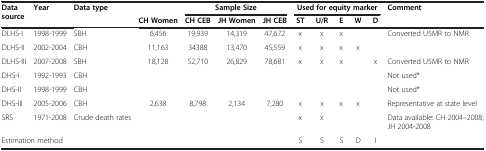
<table><thead><tr><td rowspan="2"><b>Data source</b></td><td><b>Year</b></td><td><b>Data type</b></td><td><b> </b></td><td colspan="3"><b>Sample Size</b></td><td colspan="5"><b>Used for equity marker</b></td><td><b>Comment</b></td></tr><tr><td><b> </b></td><td><b> </b></td><td><b>CH Women</b></td><td><b>CH CEB</b></td><td><b>JH Women</b></td><td><b>JH CEB</b></td><td><b>ST</b></td><td><b>U/R</b></td><td><b>E</b></td><td><b>W</b></td><td><b>D</b></td><td><b> </b></td></tr></thead><tbody><tr><td>DLHS-I</td><td>1998-1999</td><td>SBH</td><td>6,456</td><td>19,939</td><td>14,319</td><td>47,672</td><td>x</td><td>x</td><td>x</td><td> </td><td> </td><td>Converted U5MR to NMR</td></tr><tr><td>DLHS-II</td><td>2002-2004</td><td>CBH</td><td>11,163</td><td>34388</td><td>13,470</td><td>45,559</td><td>x</td><td>x</td><td>x</td><td>x</td><td> </td><td> </td></tr><tr><td>DLHS-III</td><td>2007-2008</td><td>SBH</td><td>18,128</td><td>52,710</td><td>26,829</td><td>78,681</td><td>x</td><td>x</td><td>x</td><td> </td><td>x</td><td>Converted U5MR to NMR</td></tr><tr><td>DHS-I</td><td>1992-1993</td><td>CBH</td><td> </td><td> </td><td> </td><td> </td><td> </td><td> </td><td> </td><td> </td><td> </td><td>Not used*</td></tr><tr><td>DHS-II</td><td>1998-1999</td><td>CBH</td><td> </td><td> </td><td> </td><td> </td><td> </td><td> </td><td> </td><td> </td><td> </td><td>Not used*</td></tr><tr><td>DHS-III</td><td>2005-2006</td><td>CBH</td><td>2,638</td><td>8,798</td><td>2,134</td><td>7,280</td><td>x</td><td>x</td><td>x</td><td>x</td><td> </td><td>Representative at state level</td></tr><tr><td>SRS</td><td>1971-2008</td><td>Crude death rates</td><td> </td><td> </td><td> </td><td> </td><td>x</td><td>x</td><td> </td><td> </td><td> </td><td>Data available: CH 2004–2008; JH 2004-2008</td></tr><tr><td colspan="2">Estimation method</td><td> </td><td> </td><td> </td><td> </td><td> </td><td>S</td><td>S</td><td>S</td><td>D</td><td>I</td><td> </td></tr></tbody></table>